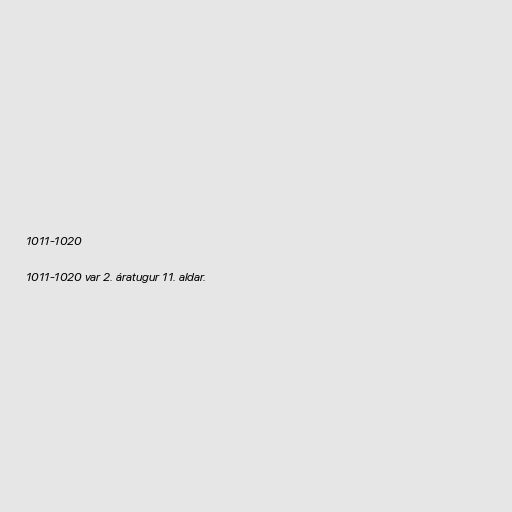
1011-1020

1011-1020 var 2. áratugur 11. aldar.